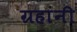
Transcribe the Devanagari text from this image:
ग्रहांनी